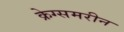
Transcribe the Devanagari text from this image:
क्रेग्समरीन